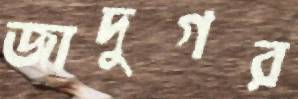
জাদুগর